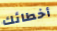
أخطائك